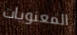
المعنويات